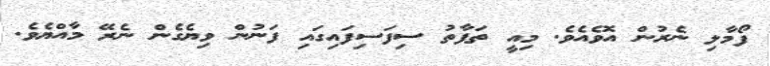
ފޯމާލި ނެރުން އޮވެއެވެ. މިއީ ތަފާތު ސިފަސިފައިގައި ފަނުން ވިޔެގެން ނެރޭ މާއްޔެވެ.